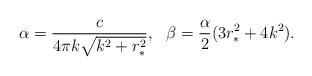
LaTeX: \begin{align*}\alpha=\frac{c}{4\pi k\sqrt{k^2+r_*^2}},\ \ \beta=\frac{\alpha}{2}(3r_*^2+4k^2).\end{align*}